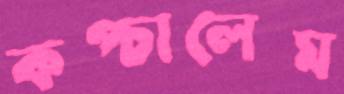
কপ্‌চালেম